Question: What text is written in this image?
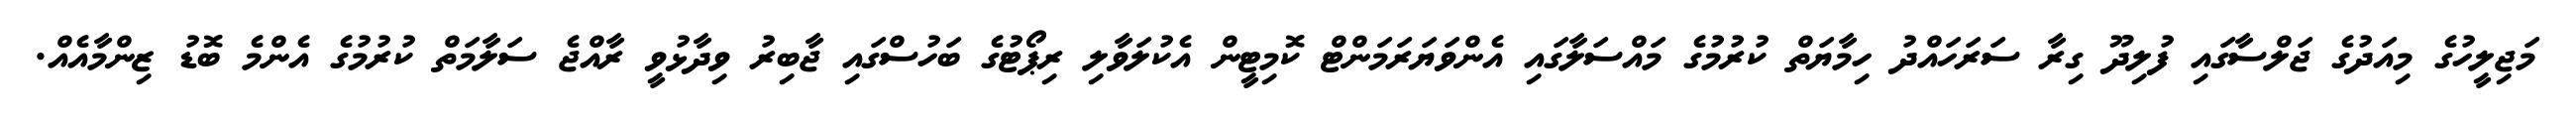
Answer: މަޖިލީހުގެ މިއަދުގެ ޖަލްސާގައި ފުލިދޫ ގިރާ ސަރަހައްދު ހިމާޔަތް ކުރުމުގެ މައްސަލާގައި އެންވަޔަރަމަންޓް ކޮމިޓީން އެކުލަވާލި ރިޕޯޓުގެ ބަހުސްގައި ޖާބިރު ވިދާޅުވީ ރާއްޖެ ސަލާމަތް ކުރުމުގެ އެންމެ ބޮޑު ޒިންމާއެއް.